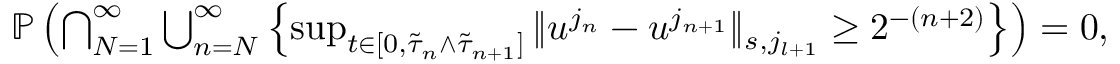
\begin{array} { r } { \mathbb P \left( \bigcap _ { N = 1 } ^ { \infty } \bigcup _ { n = N } ^ { \infty } \left\lbrace \operatorname* { s u p } _ { t \in [ 0 , \tilde { \tau } _ { n } \wedge \tilde { \tau } _ { n + 1 } ] } \| u ^ { j _ { n } } - u ^ { j _ { n + 1 } } \| _ { s , j _ { l + 1 } } \geq 2 ^ { - ( n + 2 ) } \right\rbrace \right) = 0 , } \end{array}